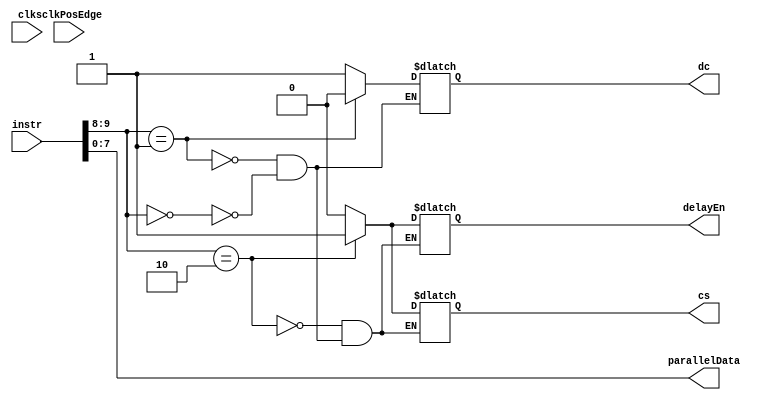
module finiteStateMachine(clk, sclkPosEdge, instr, cs, dc, delayEn, parallelData);
input clk, sclkPosEdge;
input[9:0] instr;
output reg cs, dc, delayEn;
output[7:0] parallelData;
wire[1:0] code;

assign code = instr[9:8]; // our makeshift opcodes
assign parallelData = instr[7:0]; // what goes to the shift register

//states: write data, write command, delay
always @( * ) begin
	if (code == 2'b00) begin // write data
		$display("writing data");
		cs = 0;
		dc = 1; // data is high
		delayEn = 0;
	end
	if (code == 2'b01) begin  // write command
		$display("writing command");
		cs = 0;
		dc = 0; // command is low
		delayEn = 0;
	end
	if (code == 2'b10) begin // delay
		$display("beginning delay");
		cs = 1;
		delayEn = 1;
	end

end
endmodule